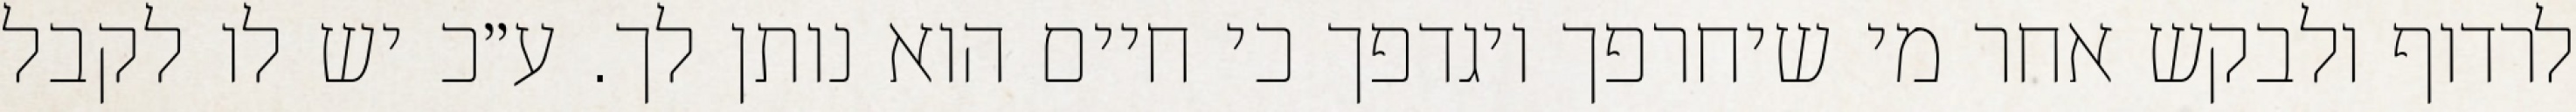
לרדוף ולבקש אחר מי שיחרפך ויגדפך כי חיים הוא נותן לך. ע״כ יש לו לקבל